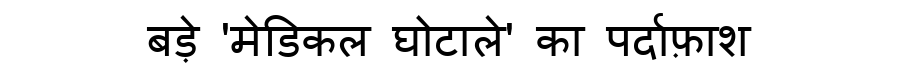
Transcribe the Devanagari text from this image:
बड़े 'मेडिकल घोटाले' का पर्दाफ़ाश